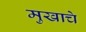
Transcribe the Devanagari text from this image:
मुखाचे